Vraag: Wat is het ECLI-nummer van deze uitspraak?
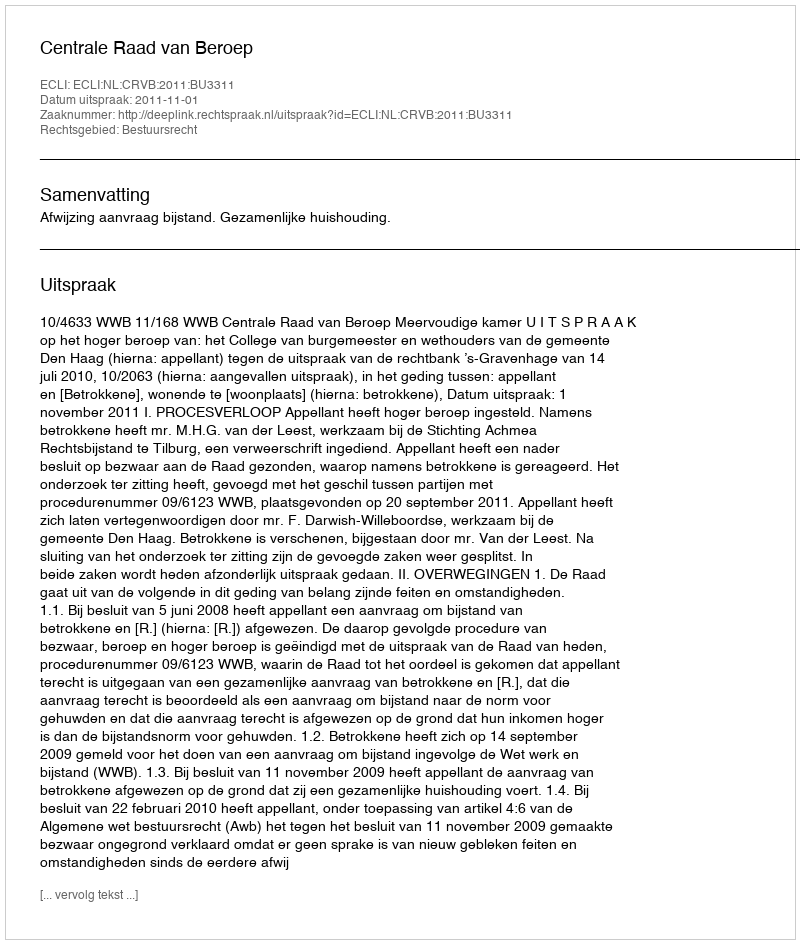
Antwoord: ECLI:NL:CRVB:2011:BU3311